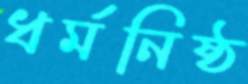
ধর্মনিষ্ঠ